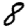
Digit: 8